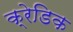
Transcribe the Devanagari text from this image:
क्रेडिक